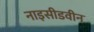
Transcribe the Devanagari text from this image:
नाइसीडवीन